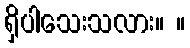
ရှိပါသေးသလား။ ။